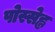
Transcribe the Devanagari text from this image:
पोस्सेह्ल